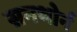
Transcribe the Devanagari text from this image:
सनथोर्न